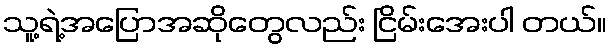
သူ့ရဲ့အပြောအဆိုတွေလည်း ငြိမ်းအေးပါ တယ်။